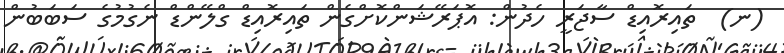
(ނ)  ތައިރޮއިޑް ސާޖަރީ ހެދުން: އޮޕަރޭޝަންކޮށްގެން ތައިރޮއިޑް ގްލޭންޑް ނެގުމުގެ ސަބަބުން